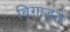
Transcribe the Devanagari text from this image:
बिगाड़ते